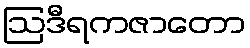
ဩဒီရကဇာတော